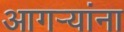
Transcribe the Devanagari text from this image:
आगर्‍यांना